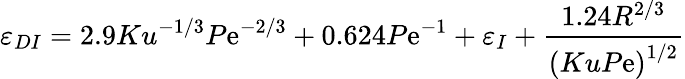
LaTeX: \varepsilon_{DI}=2.9Ku^{-1/3}P\mathrm{e}^{-2/3}+0.624P\mathrm{e}^{-1}+\varepsilon_{I}+\frac{{1.24R^{2/3}}}{{\left(KuP\mathrm{e}\right)^{1/2}}}